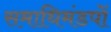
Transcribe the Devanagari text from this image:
समाधिमंडपों